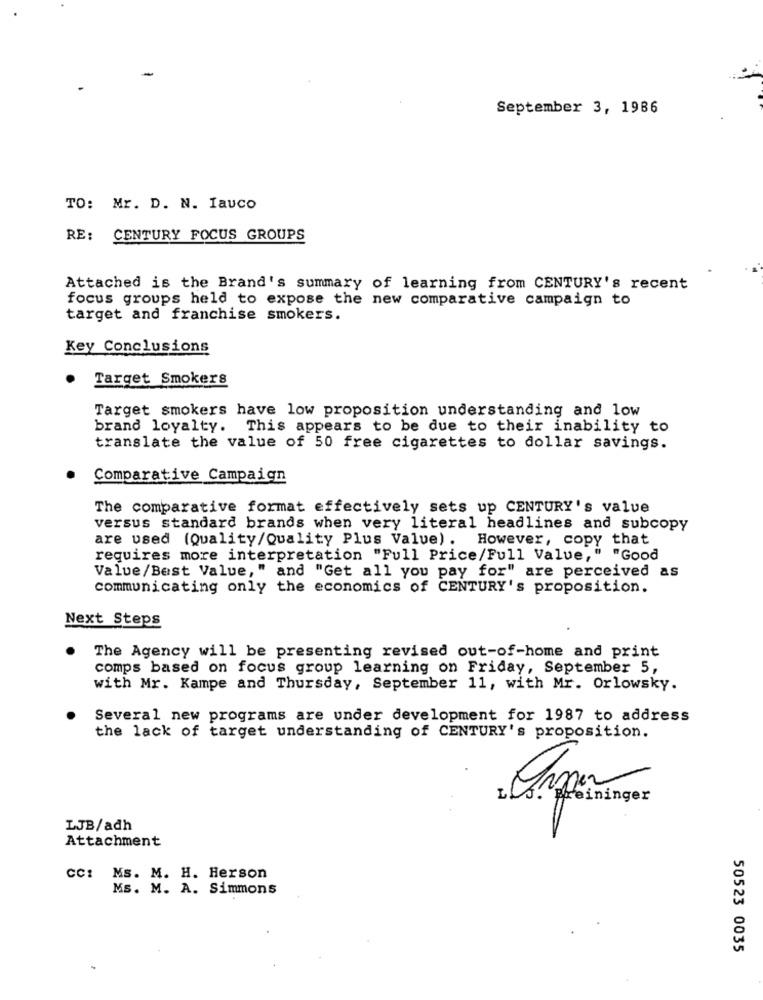
September 3, 1986
TO: Mr. D. N. Iauco
RE: CENTURY FOCUS GROUPS
Attached is the Brand's summary of learning from CENTURY's recent
focus groups held to expose the new comparative campaign to
target and franchise smokers.
Key Conclusions
Target Smokers
Target smokers have low proposition understanding and low
brand loyalty. This appears to be due to their inability to
translate the value of 50 free cigarettes to dollar savings.
Comparative Campaign
The comparative format effectively sets up CENTURY's valve
versus standard brands when very literal headlines and subcopy
are used (Quality/Quality Plus Valve). However, copy that
requires more interpretation "Full Price/Full Value," "Good
Value/Best Value," and "Get all you pay for" are perceived as
communicating only the economics of CENTURY's proposition.
Next Steps
The Agency will be presenting revised out-of-home and print
comps based on focus group learning on Friday, September 5,
with Mr. Kampe and Thursday, September 11, with Mr. Orlowsky.
Several new programs are under development for 1987 to address
the lack of target understanding of CENTURY's proposition.
s. Breininger
LJB/adh
Attachment
CC: Ms. M. H. Herson
Ms. M. A. Simmons
50523 0035